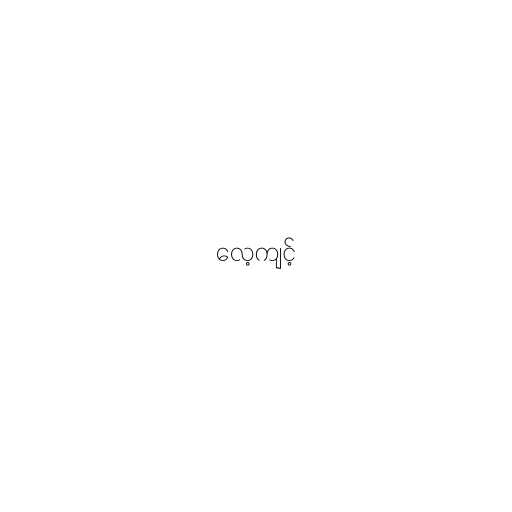
လေ့ကျင့်